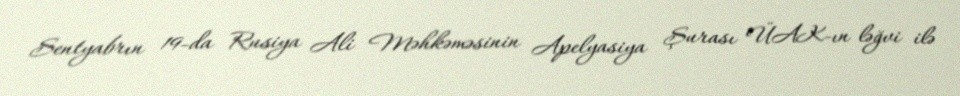
Sentyabrın 19-da Rusiya Ali Məhkəməsinin Apelyasiya Şurası ÜAK-ın ləğvi ilə